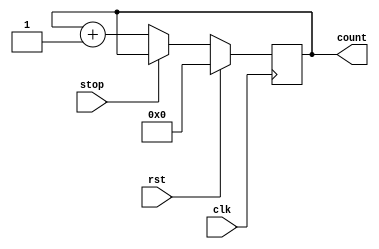
module counter8bit(input clk, rst, stop, output reg [7:0] count);
initial begin count = 8'b0;end
always @(posedge clk) begin
if(rst) count <= 8'b0;
else if(stop) begin end
else count = count + 1;
end
endmodule